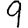
Digit: 9